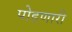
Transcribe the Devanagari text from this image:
पोहणारी